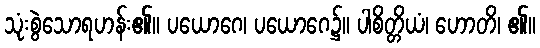
သုံးစွဲသောရဟန်း၏။ ပယောဂေ၊ ပယောဂေ၌။ ပါစိတ္တိယံ၊ ဟောတိ၊ ၏။